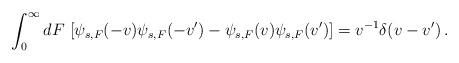
LaTeX: \begin{align*}\int_0^\infty dF\thinspace\left[\psi_{s,F}(-v)\psi_{s,F}(-v')-\psi_{s,F}(v)\psi_{s,F}(v')\right]=v^{-1}\delta(v-v')\,.\end{align*}